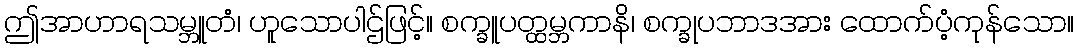
ဤအာဟာရသမ္ဘူတံ၊ ဟူသောပါဌ်ဖြင့်။ စက္ခူပတ္ထမ္ဘကာနိ၊ စက္ခုပဘာဒအား ထောက်ပံ့ကုန်သော။